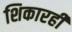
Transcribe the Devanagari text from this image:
शिकारही